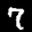
Label: 7